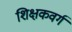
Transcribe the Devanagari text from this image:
शिक्षकवर्ग